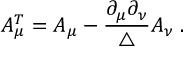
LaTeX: A _ { \mu } ^ { T } = A _ { \mu } - \frac { \partial _ { \mu } \partial _ { \nu } } { \triangle } A _ { \nu } \; .